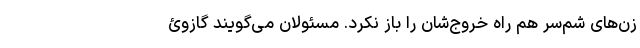
زن‌های شمّ‌سر هم راه خروج‌شان را باز نکرد. مسئولان می‌گویند گازوئ